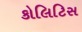
કોલિટિસ